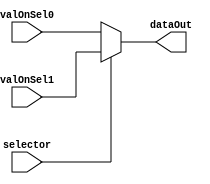
module Mux01_5Bits (
    input [4:0] valOnSel0, 
    input [4:0] valOnSel1, 
    input selector,
    output reg [4:0]dataOut
);
    
    assign dataOut = selector == 1'b1 
                    ? valOnSel1
                    : valOnSel0;
    
endmodule